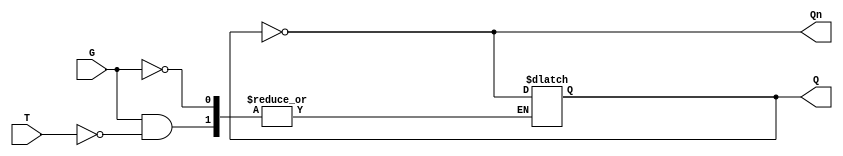
module Gated_T_Latch (
    input wire T,       // Toggle Input
    input wire G,       // Gate/Enable Signal
    output reg Q,       // Output
    output wire Qn      // Complement of Output
);

// Complement of Output Q
assign Qn = ~Q;

// Always block to implement the latch behavior
always @(G or T) begin
    if (G) begin
        // When G is high, check T to determine the next state
        if (T) begin
            // Toggle the output Q when T is high
            Q <= ~Q;
        end
        // When T is low, maintain the current state
    end
    // If G is low, hold the current state (no action taken)
end

endmodule